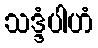
သဒ္ဒံပါဟံ